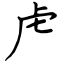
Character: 虍